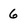
Character: 6